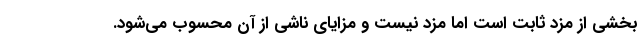
بخشی از مزد ثابت است اما مزد نیست و مزایای ناشی از آن محسوب می‌شود.